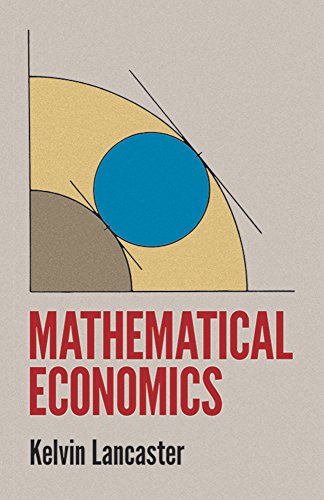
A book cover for Mathematical Economics (Dover Books on Computer Science); Kelvin Lancaster; Science & Math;